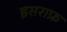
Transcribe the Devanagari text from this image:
इसराफ़